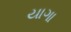
યાગા